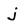
Character: j